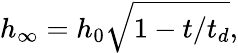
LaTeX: h_{\infty}=h_{0}\sqrt{1-{t}/{t_{d}}},